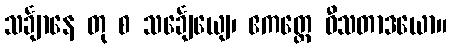
သင်္ချာနေ တု စ သင်္ချေယျေ၊ ဧကတ္တေ ဝီသတာဒယော။